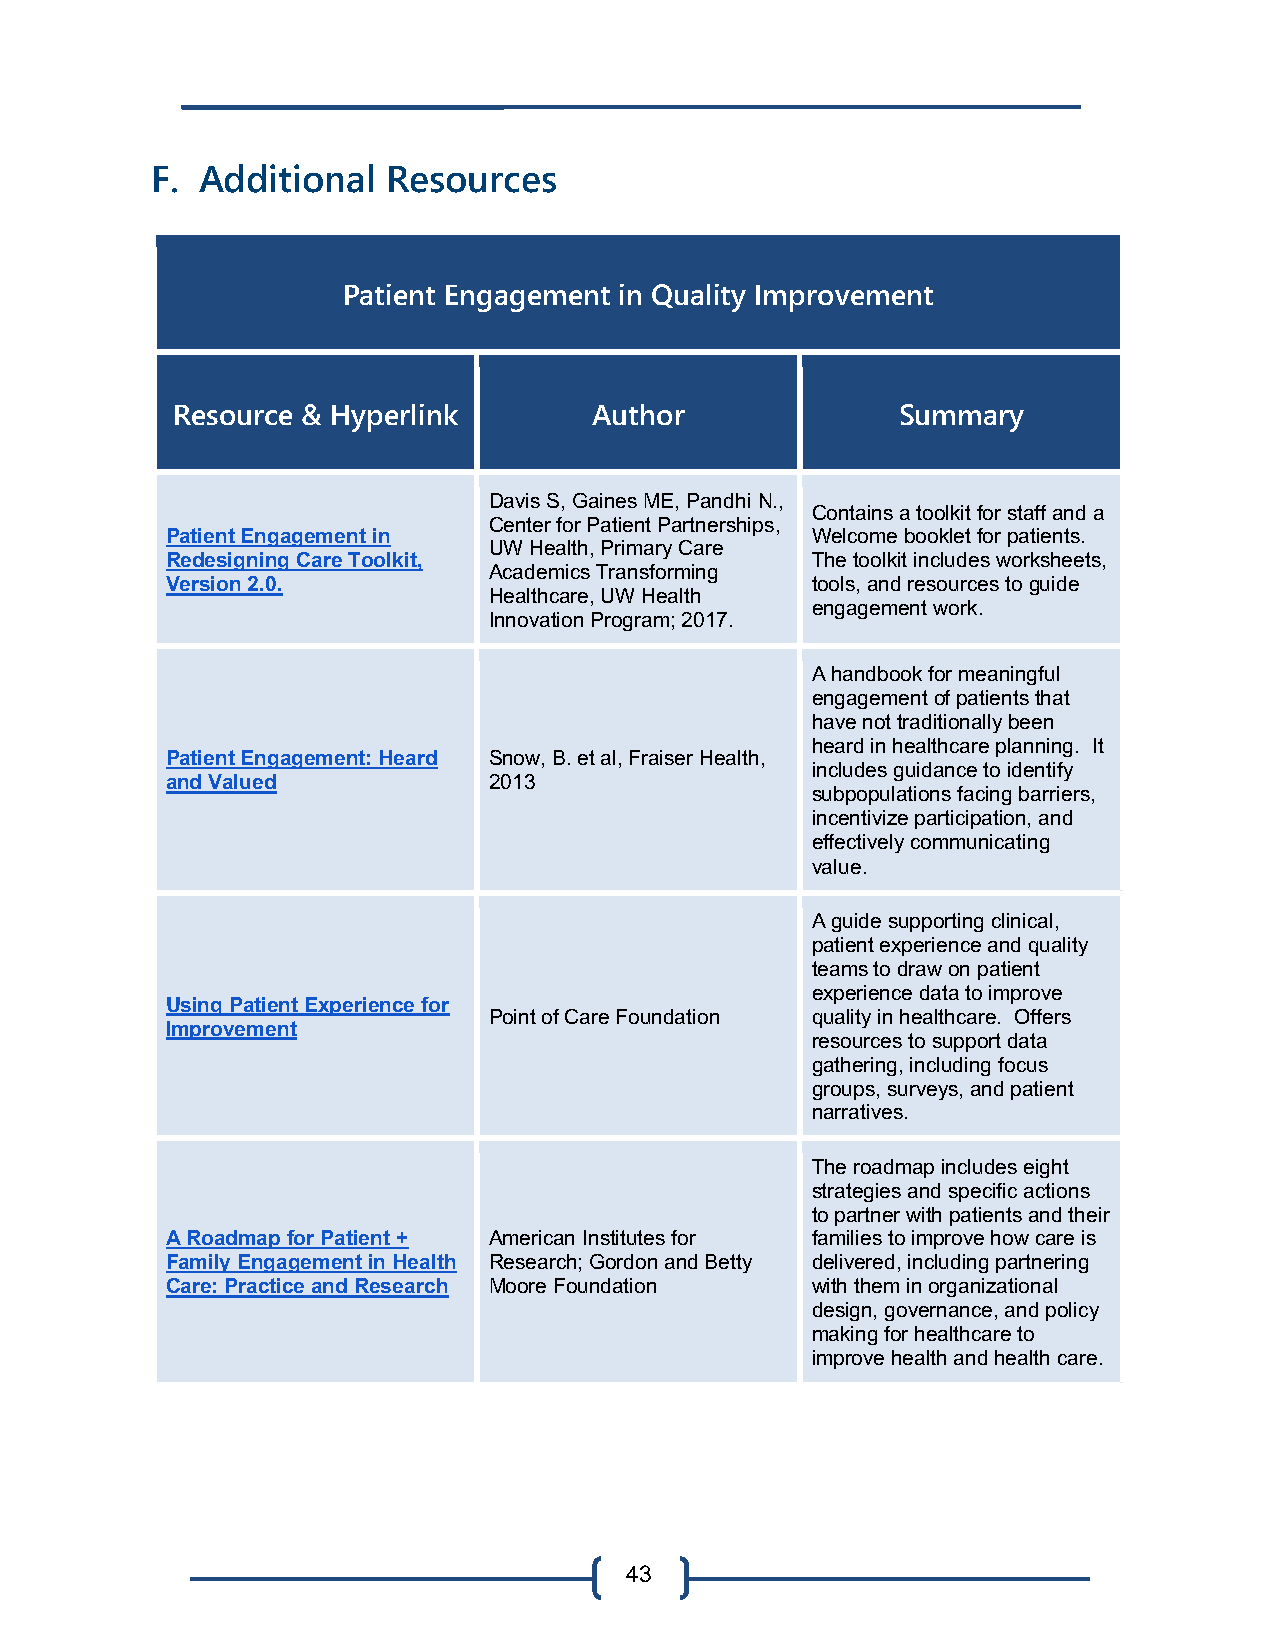
F. Additional   Resources
 Patient Engagement in Quality Improvement
 Resource & Hyperlink        Author               Summary
 Davis S, Gaines ME, Pandhi N.,
 Contains a toolkit for staff and a
 Center for Patient Partnerships,
 Patient Engagement in                      Welcome booklet for patients.
 UW Health, Primary Care
 Redesigning Care Toolkit,                  The toolkit includes worksheets,
 Academics Transforming
 Version 2.0.                               tools, and resources to guide
 Healthcare, UW Health
 engagement work.
 Innovation Program; 2017.
 A handbook for meaningful
 engagement of patients that
 have not traditionally been
 heard in healthcare planning. It
 Patient Engagement: Heard Snow, B. et al, Fraiser Health,
 includes guidance to identify
 and Valued           2013
 subpopulations facing barriers,
 incentivize participation, and
 effectively communicating
 value.
 A guide supporting clinical,
 patient experience and quality
 teams to draw on patient
 experience data to improve
 Using Patient Experience for
 Point of Care Foundation quality in healthcare. Offers
 Improvement
 resources to support data
 gathering, including focus
 groups, surveys, and patient
 narratives.
 The roadmap includes eight
 strategies and specific actions
 to partner with patients and their
 A Roadmap for Patient + American Institutes for families to improve how care is
 Family Engagement in Health Research; Gordon and Betty delivered, including partnering
 Care: Practice and Research Moore Foundation with them in organizational
 design, governance, and policy
 making for healthcare to
 improve health and health care.
 43